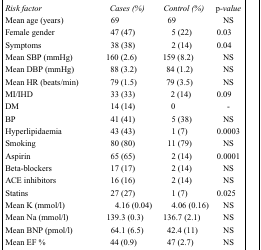
| Risk factor | Cases (%) | Control (%) | p-value |
 | --- | --- | --- | --- |
 | Mean age (years) | 69 | 69 | NS |
 | Female gender | 47 (47) | 5 (22) | 0.03 |
 | Symptoms | 38 (38) | 2 (14) | 0.04 |
 | Mean SBP (mmHg) | 160 (2.6) | 159 (8.2) | NS |
 | Mean DBP (mmHg) | 88 (3.2) | 84 (1.2) | NS |
 | Mean HR (beats/min) | 79 (1.5) | 79 (3.5) | NS |
 | MI/IHD | 33 (33) | 2 (14) | 0.09 |
 | DM | 14 (14) | 0 | - |
 | BP | 41 (41) | 5 (38) | NS |
 | Hyperlipidaemia | 43 (43) | 1 (7) | 0.0003 |
 | Smoking | 80 (80) | 11 (79) | NS |
 | Aspirin | 65 (65) | 2 (14) | 0.0001 |
 | Beta-blockers | 17 (17) | 2 (14) | NS |
 | ACE inhibitors | 16 (16) | 2 (14) | NS |
 | Statins | 27 (27) | 1 (7) | 0.025 |
 | Mean K (mmol/l) | 4.16 (0.04) | 4.06 (0.16) | NS |
 | Mean Na (mmol/l) | 139.3 (0.3) | 136.7 (2.1) | NS |
 | Mean BNP (pmol/l) | 64.1 (6.5) | 42.4 (11) | NS |
 | Mean EF % | 44 (0.9) | 47 (2.7) | NS |